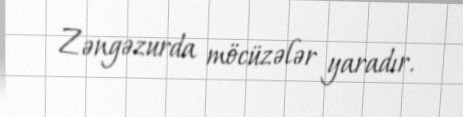
Zəngəzurda möcüzələr yaradır.